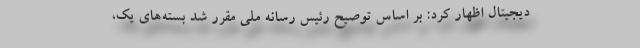
دیجیتال اظهار کرد: بر اساس توصیح رئیس رسانه ملی مقرر شد بسته‌های یک،